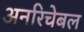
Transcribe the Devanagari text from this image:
अनरिचेबल